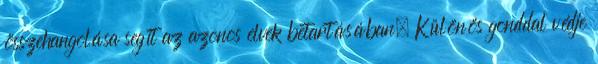
összehangolása segít az azonos elvek betartásában. Különös gonddal védje